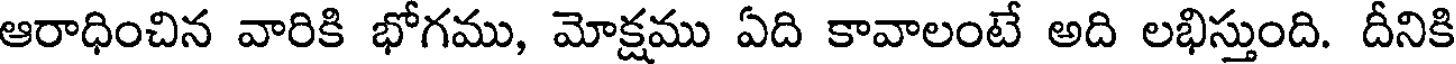
ఆరాధించిన వారికి భోగము, మోక్షము ఏది కావాలంటే అది లభిస్తుంది. దీనికి